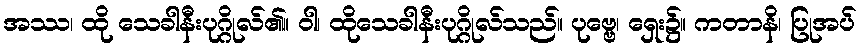
အဿ၊ ထို သေခါနီးပုဂ္ဂိုလ်၏။ ဝါ၊ ထိုသေခါနီးပုဂ္ဂိုလ်သည်။ ပုဗ္ဗေ၊ ရှေး၌။ ကတာနိ၊ ပြုအပ်